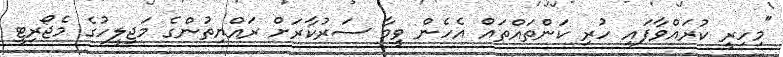
"މިހިރީ ކުރައްވާފައި ހުރި ކަންތައްތައް އެހެން ވީމާ ސަރުކާރަށް ރައްޔިތުންގެ މަޖިލީހުގެ މެޖޯރިޓީ